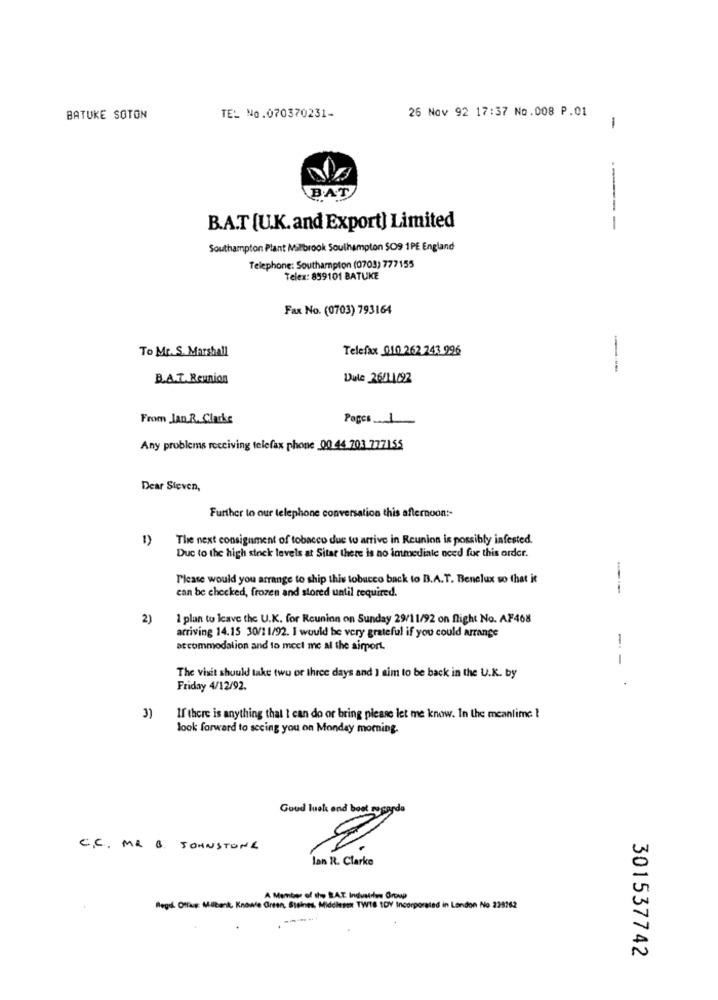
26 Nov 92 17:37 No.008 P.01
BATUKE SOTON
TEL No.070370231-
1
BAT
B.A.T [U.K. and Export) Limited
-----
Southampton Plant Malbrook Southampton $09 1PE England
Telephone: Southampton (0703) 777155
Telex: 899101 BATUKE
Fax No. (0703) 793164
To Mr. S. Marshall
Telefax 010 262 243 996
B.A.T. Reunion
Dule 26/11/92
From Jan R. Clarke
Pages ....
Any problems receiving telefax phone 00 44 203 777155
Dear Steven,
Further to our telephone conversation this afternoon :-
1)
The next consignment of tobacco due to arrive in Reunion is possibly infested.
Duc to the high stock levels at Sitar there is no immediate need for this order.
Please would you arrange to ship this tobacco back to B.A.T. Benelux so that it
can be checked, frozen and stored until required.
---
2)
1 plan to leave the U.K. for Reunion on Sunday 29/11/92 on flight No. AF468
arriving 14.15 30/11/92. I would be very grateful if you could arrange
-
accommodation and to meet me al the airport.
The visit should take two or three days and I aim to be back in the U.K. by
Friday 4/12/92.
3)
If there is anything that I can do or bring please let me know. In the meantime 1
look forward to seeing you on Monday morning.
Good luck and boot po garda
8
C.C. MA B. JOHNSTONE
lan R. Clarke
A Member of the BAT. Industdans Group
Regul Office: Milbank, Knowle Green, Staines, Middlesex TWT8 tDV Incorporated in London No 238262
301537742